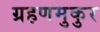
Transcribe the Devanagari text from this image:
ग्रहणमुकुर